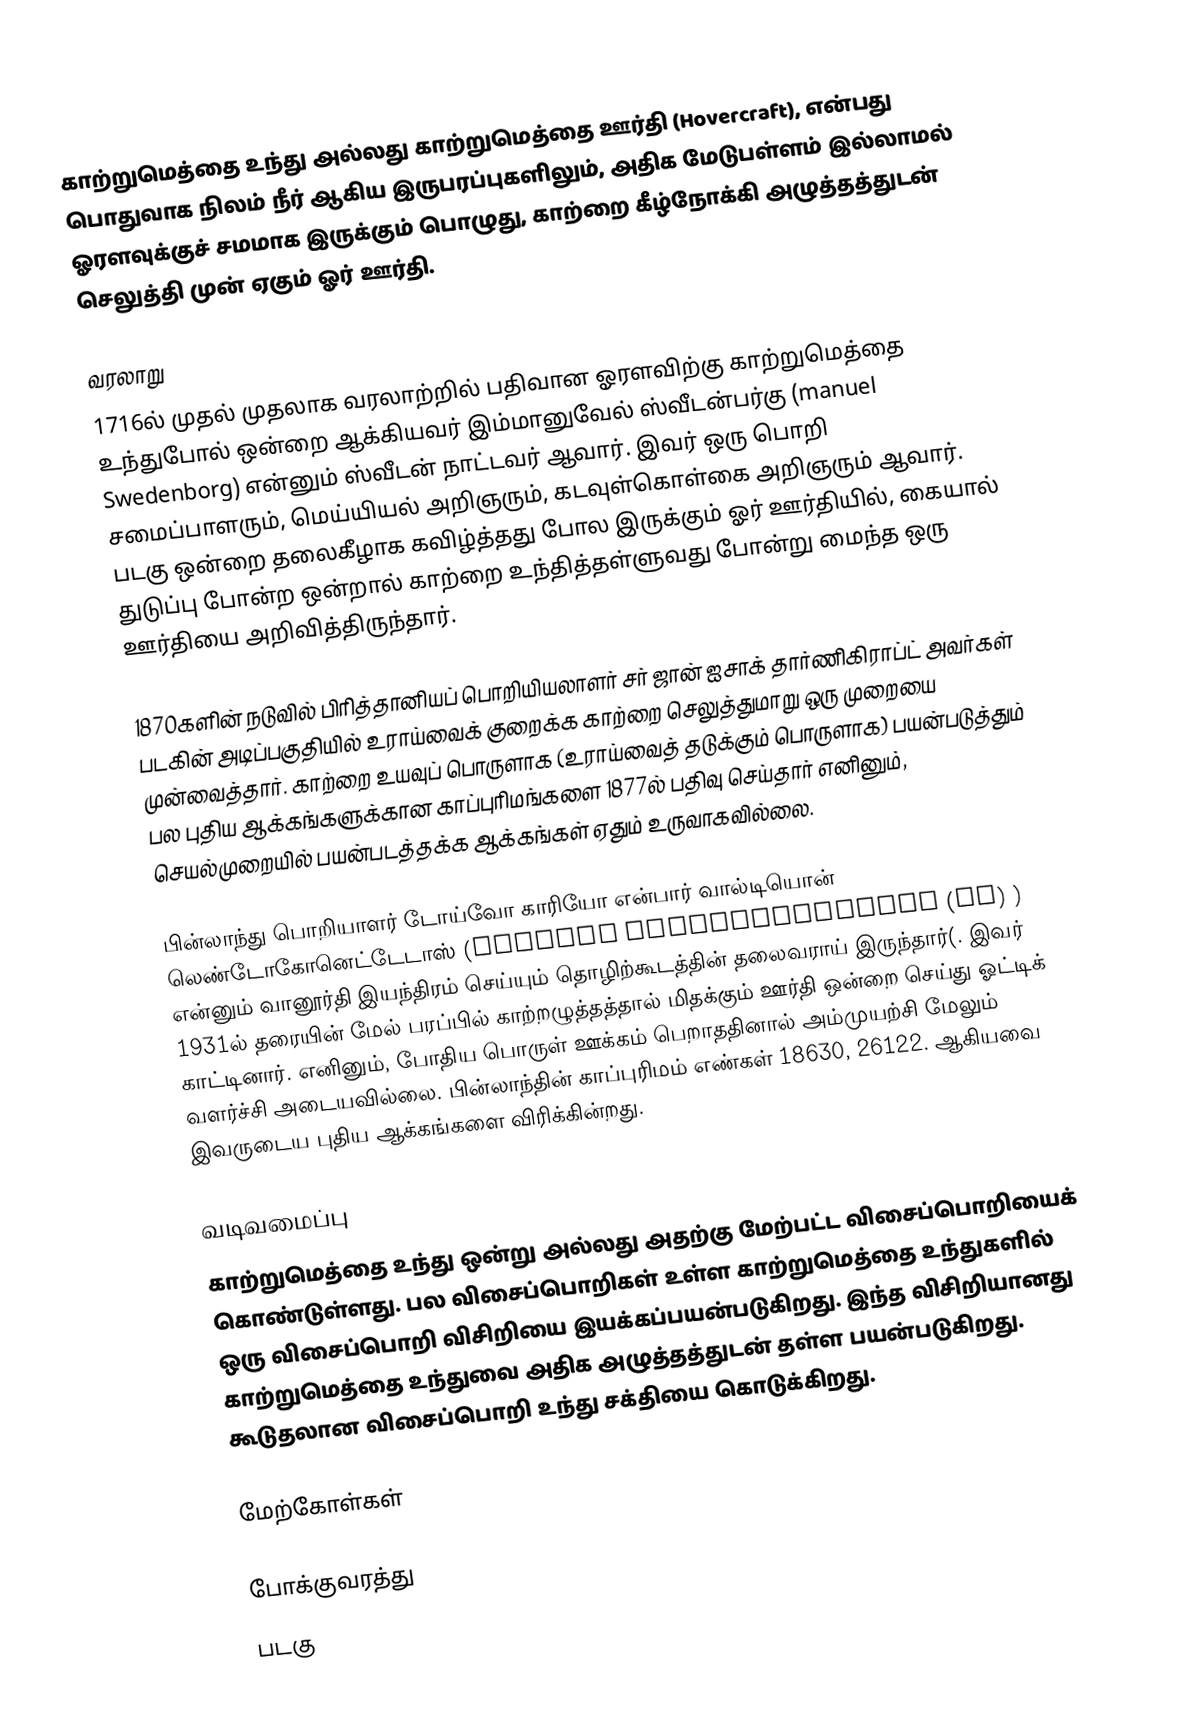
காற்றுமெத்தை உந்து அல்லது காற்றுமெத்தை ஊர்தி (Hovercraft), என்பது பொதுவாக நிலம் நீர் ஆகிய இருபரப்புகளிலும், அதிக மேடுபள்ளம் இல்லாமல் ஓரளவுக்குச் சமமாக இருக்கும் பொழுது, காற்றை கீழ்நோக்கி அழுத்தத்துடன் செலுத்தி முன் ஏகும் ஓர் ஊர்தி.

வரலாறு
1716ல் முதல் முதலாக வரலாற்றில் பதிவான ஓரளவிற்கு காற்றுமெத்தை உந்துபோல் ஒன்றை ஆக்கியவர் இம்மானுவேல் ஸ்வீடன்பர்கு (manuel Swedenborg) என்னும் ஸ்வீடன் நாட்டவர் ஆவார். இவர் ஒரு பொறி சமைப்பாளரும், மெய்யியல் அறிஞரும், கடவுள்கொள்கை அறிஞரும் ஆவார். படகு ஒன்றை தலைகீழாக கவிழ்த்தது போல இருக்கும் ஓர் ஊர்தியில், கையால் துடுப்பு போன்ற ஒன்றால் காற்றை உந்தித்தள்ளுவது போன்று மைந்த ஒரு ஊர்தியை அறிவித்திருந்தார்.

1870களின் நடுவில் பிரித்தானியப் பொறியியலாளர் சர் ஜான் ஐசாக் தார்ணிகிராப்ட் அவர்கள் படகின் அடிப்பகுதியில் உராய்வைக் குறைக்க காற்றை செலுத்துமாறு ஒரு முறையை முன்வைத்தார். காற்றை உயவுப் பொருளாக (உராய்வைத் தடுக்கும் பொருளாக) பயன்படுத்தும் பல புதிய ஆக்கங்களுக்கான காப்புரிமங்களை 1877ல் பதிவு செய்தார் எனினும், செயல்முறையில் பயன்படத்தக்க ஆக்கங்கள் ஏதும் உருவாகவில்லை.

பின்லாந்து பொறியாளர் டோய்வோ காரியோ என்பார் வால்டியொன் லெண்டோகோனெட்டேடாஸ் (Valtion Lentokonetehdas (VL) ) என்னும் வானூர்தி இயந்திரம் செய்யும் தொழிற்கூடத்தின் தலைவராய் இருந்தார்(. இவர் 1931ல் தரையின் மேல் பரப்பில் காற்றழுத்தத்தால் மிதக்கும் ஊர்தி ஒன்றை செய்து ஓட்டிக் காட்டினார். எனினும், போதிய பொருள் ஊக்கம் பெறாததினால் அம்முயற்சி மேலும் வளர்ச்சி அடையவில்லை. பின்லாந்தின் காப்புரிமம் எண்கள் 18630, 26122. ஆகியவை இவருடைய புதிய ஆக்கங்களை விரிக்கின்றது.

வடிவமைப்பு
காற்றுமெத்தை உந்து ஒன்று அல்லது அதற்கு மேற்பட்ட விசைப்பொறியைக் கொண்டுள்ளது.  பல விசைப்பொறிகள் உள்ள காற்றுமெத்தை உந்துகளில் ஒரு விசைப்பொறி விசிறியை இயக்கப்பயன்படுகிறது. இந்த விசிறியானது காற்றுமெத்தை உந்துவை அதிக அழுத்தத்துடன் தள்ள பயன்படுகிறது. கூடுதலான விசைப்பொறி உந்து சக்தியை கொடுக்கிறது.

மேற்கோள்கள்

போக்குவரத்து
படகு